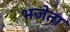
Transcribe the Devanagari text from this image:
भजेता